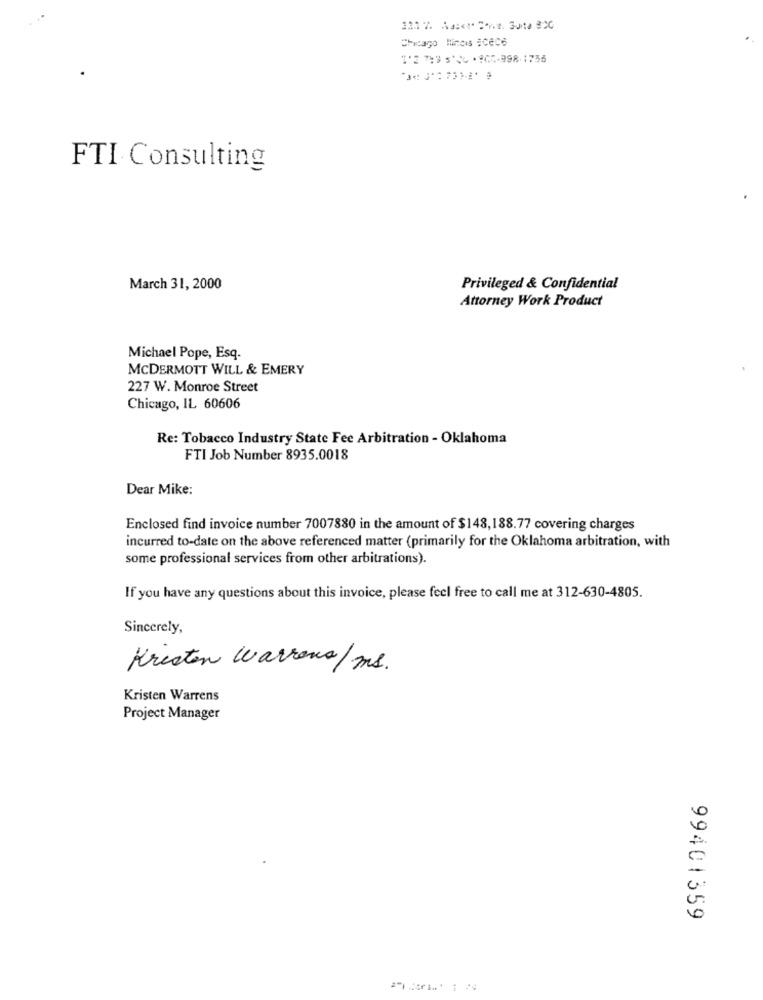
Chicago Minois iceCe
1'2 743 5'6 -967-998-1756
FTI Consulting
March 31, 2000
Privileged & Confidential
Attorney Work Product
Michael Pope, Esq.
MCDERMOTT WILL & EMERY
227 W. Monroe Street
Chicago, IL 60606
Re: Tobacco Industry State Fee Arbitration - Oklahoma
FTI Job Number 8935.0018
Dear Mike:
Enclosed find invoice number 7007880 in the amount of $148,188.77 covering charges
incurred to-date on the above referenced matter (primarily for the Oklahoma arbitration, with
some professional services from other arbitrations).
If you have any questions about this invoice, please feel free to call me at 312-630-4805.
Sincerely,
Kresten Warrens/ms.
Kristen Warrens
Project Manager
5
0
99401359